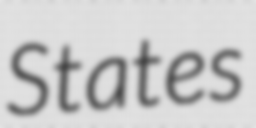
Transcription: States